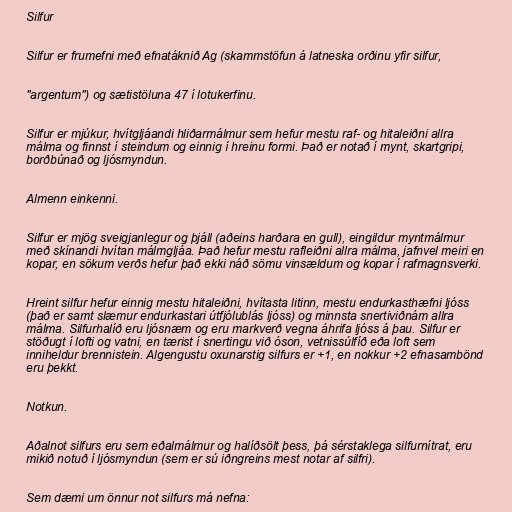
Silfur

Silfur er frumefni með efnatáknið Ag (skammstöfun á latneska orðinu yfir silfur,

"argentum") og sætistöluna 47 í lotukerfinu.

Silfur er mjúkur, hvítgljáandi hliðarmálmur sem hefur mestu raf- og hitaleiðni allra
málma og finnst í steindum og einnig í hreinu formi. Það er notað í mynt, skartgripi,
borðbúnað og ljósmyndun.

Almenn einkenni.

Silfur er mjög sveigjanlegur og þjáll (aðeins harðara en gull), eingildur myntmálmur
með skínandi hvítan málmgljáa. Það hefur mestu rafleiðni allra málma, jafnvel meiri en
kopar, en sökum verðs hefur það ekki náð sömu vinsældum og kopar í rafmagnsverki.

Hreint silfur hefur einnig mestu hitaleiðni, hvítasta litinn, mestu endurkasthæfni ljóss
(það er samt slæmur endurkastari útfjólublás ljóss) og minnsta snertiviðnám allra
málma. Silfurhalíð eru ljósnæm og eru markverð vegna áhrifa ljóss á þau. Silfur er
stöðugt í lofti og vatni, en tærist í snertingu við óson, vetnissúlfíð eða loft sem
inniheldur brennistein. Algengustu oxunarstig silfurs er +1, en nokkur +2 efnasambönd
eru þekkt.

Notkun.

Aðalnot silfurs eru sem eðalmálmur og halíðsölt þess, þá sérstaklega silfurnítrat, eru
mikið notuð í ljósmyndun (sem er sú iðngreins mest notar af silfri).

Sem dæmi um önnur not silfurs má nefna: